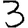
Digit: 3